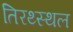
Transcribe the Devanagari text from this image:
तिरथ्स्थल